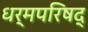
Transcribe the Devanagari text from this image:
धर्मपरिषद्